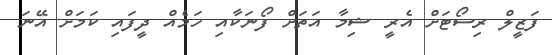
ފަޒީލް ރިސޯޓަށް އެރީ ޝިމާ އަތަށް ފޯނަކާއި ހަމެއް ދީފައި ކަމަށް އޭނަ